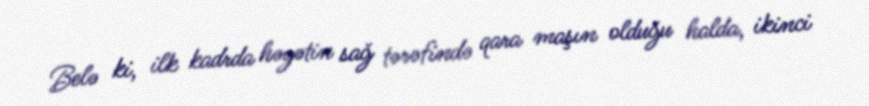
Belə ki, ilk kadrda həyətin sağ tərəfində qara maşın olduğu halda, ikinci